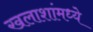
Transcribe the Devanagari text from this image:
खलाशांमध्ये